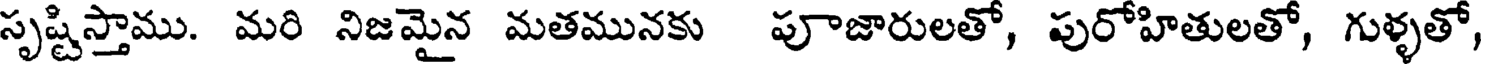
సృష్టిస్తాము. మరి నిజమైన మతమునకు పూజారులతో, పురోహితులతో, గుళ్ళతో,